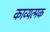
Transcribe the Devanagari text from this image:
काव्यत्मक